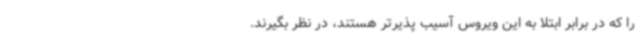
را که در برابر ابتلا به این ویروس آسیب پذیرتر هستند، در نظر بگیرند.